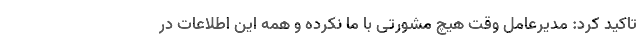
تاکید کرد: مدیرعامل وقت هیچ مشورتی با ما نکرده و همه این اطلاعات در